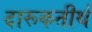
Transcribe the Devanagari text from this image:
दारूकतीर्थ